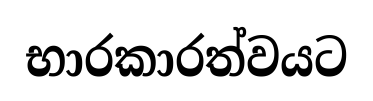
භාරකාරත්වයට